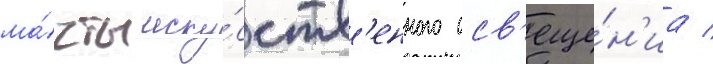
ма́чты иску́сств'енного осв'еще́н'иа /